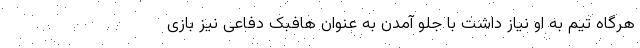
هرگاه تیم به او نیاز داشت با جلو آمدن به عنوان هافبک دفاعی نیز بازی